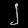
Digit: ၂